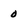
Character: 0